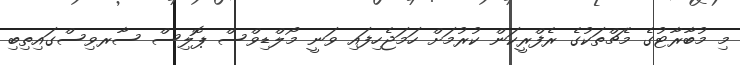
މި މުބާރާޓުގެ މެޗްތަކުގެ ރެފްރީކަން ކުރުމަށް ހަމަޖެހިފައި ވަނީ މޯލްޑިވްސް ޕޮލިސް ސާރވިސްގައިތިބި